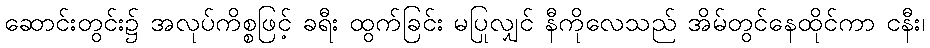
ဆောင်းတွင်း၌ အလုပ်ကိစ္စဖြင့် ခရီး ထွက်ခြင်း မပြုလျှင် နီကိုလေသည် အိမ်တွင်နေထိုင်ကာ ငနီး၊